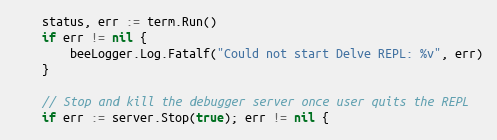
Language: Go
	status, err := term.Run()
	if err != nil {
		beeLogger.Log.Fatalf("Could not start Delve REPL: %v", err)
	}

	// Stop and kill the debugger server once user quits the REPL
	if err := server.Stop(true); err != nil {